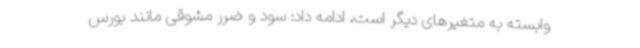
وابسته به متغیرهای دیگر است، ادامه داد: سود و ضرر مشوقی مانند بورس